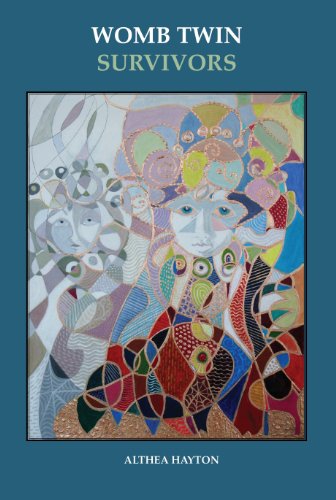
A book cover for Womb Twin Survivors: The Lost Twin in the Dream of the Womb; Althea Margaret Hayton; Parenting & Relationships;